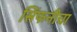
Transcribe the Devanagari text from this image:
सिंफनीचा